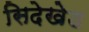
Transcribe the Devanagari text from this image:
सिदेखेड